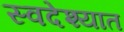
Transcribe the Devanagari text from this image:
स्वदेश्यात